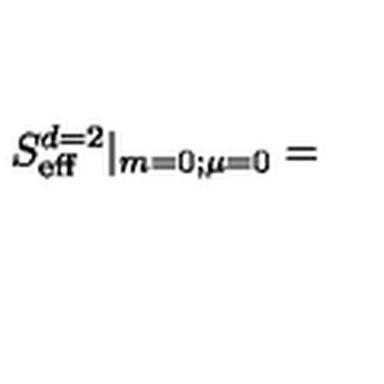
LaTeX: S _ { \mathrm { e f f } } ^ { d = 2 } | _ { m = 0 ; \mu = 0 } =